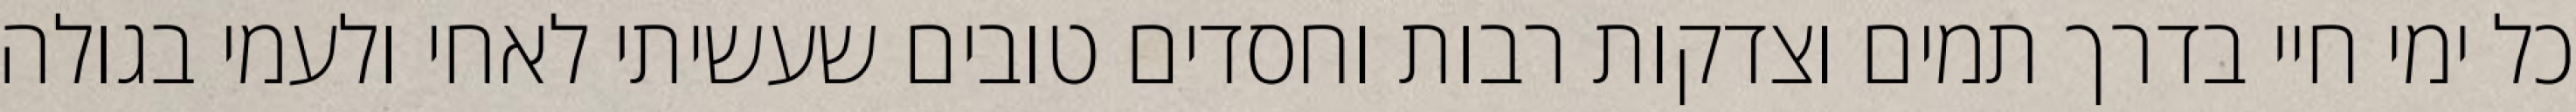
כל ימי חיי בדרך תמים וצדקות רבות וחסדים טובים שעשיתי לאחי ולעמי בגולה